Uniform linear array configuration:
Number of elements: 8
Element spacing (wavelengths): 1
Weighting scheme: binomial
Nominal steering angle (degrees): -30
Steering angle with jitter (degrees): -30.422
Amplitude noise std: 0.05
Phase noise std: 0.05

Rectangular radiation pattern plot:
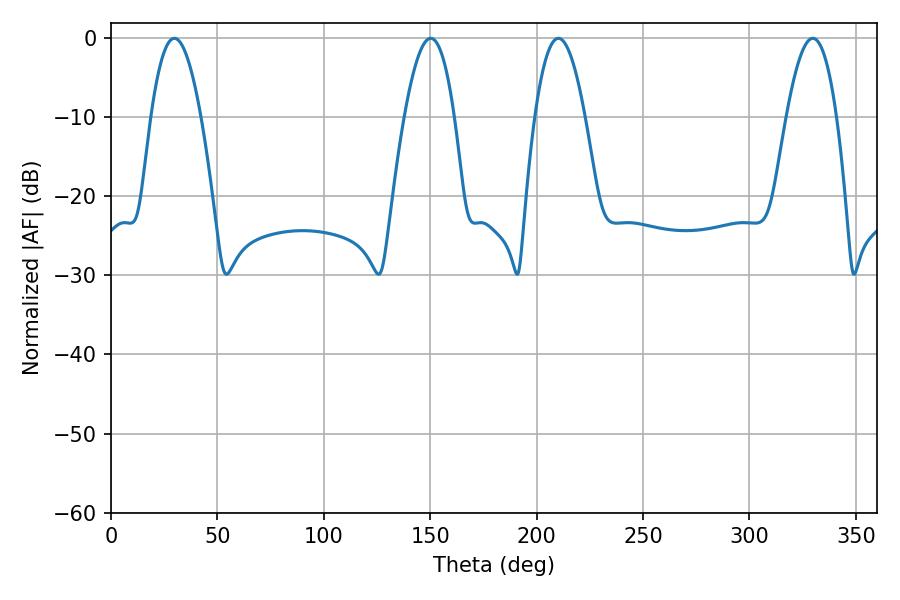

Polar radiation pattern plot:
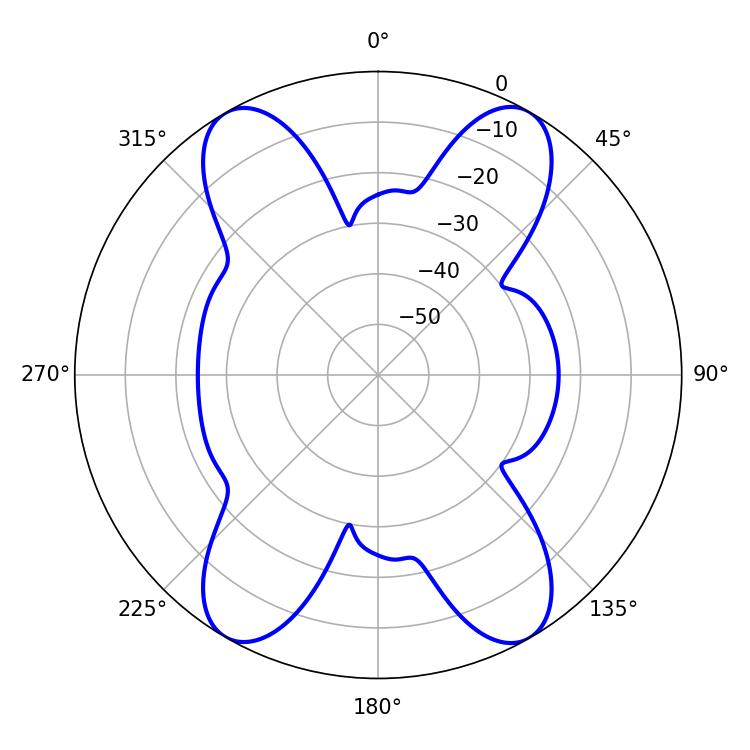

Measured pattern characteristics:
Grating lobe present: TRUE
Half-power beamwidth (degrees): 12.96
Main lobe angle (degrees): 329.76